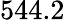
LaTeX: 544.2